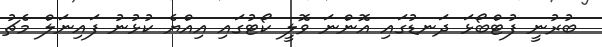
ބުރުނީ ފުޓްބޯޅަ ދަނޑުގައި އޮންނަ ވޮލީ ކޯޓުގައި އިއްޔެ ކުޅުނު ފައިނަލް މެޗު